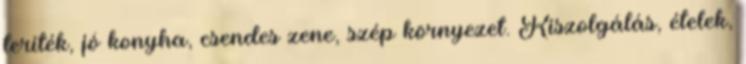
teríték, jó konyha, csendes zene, szép környezet. Kiszolgálás, ételek,